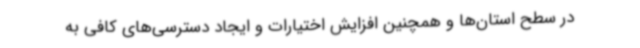
در سطح استان‌ها و همچنین افزایش اختیارات و ایجاد دسترسی‌های کافی به